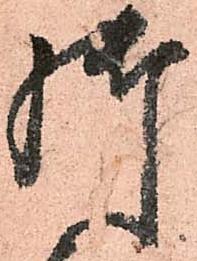
御